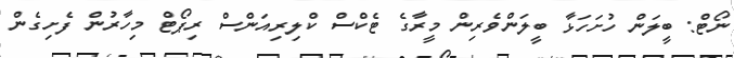
ނޯޓް: ބީލަން ހުށަހަޅާ ބީލަންވެރިން މީރާގެ ޓެކްސް ކްލިރިއަންސް ރިޕޯޓް މިހާރުން ފެށިގެން